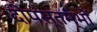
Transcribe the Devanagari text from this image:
दीपस्तम्भों